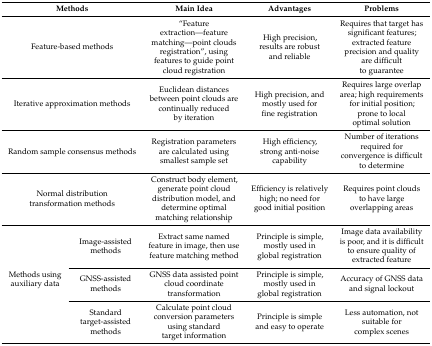
| <COLSPAN=2> Methods | Main Idea | Advantages | Problems |
 | --- | --- | --- | --- | --- |
 | <COLSPAN=2> Feature-based methods | “Feature extraction—feature matching—point clouds registration”, using features to guide point cloud registration | High precision, results are robust and reliable | Requires that target has significant features; extracted feature precision and quality are difficult to guarantee |
 | <COLSPAN=2> Iterative approximation methods | Euclidean distances between point clouds are continually reduced by iteration | High precision, and mostly used for fine registration | Requires large overlap area; high requirements for initial position; prone to local optimal solution |
 | <COLSPAN=2> Random sample consensus methods | Registration parameters are calculated using smallest sample set | High efficiency, strong anti-noise capability | Number of iterations required for convergence is difficult to determine |
 | <COLSPAN=2> Normal distribution transformation methods | Construct body element, generate point cloud distribution model, and determine optimal matching relationship | Efficiency is relatively high; no need for good initial position | Requires point clouds to have large overlapping areas |
 | <ROWSPAN=3> Methods using auxiliary data | Image-assisted methods | Extract same named feature in image, then use feature matching method | Principle is simple, mostly used in global registration | Image data availability is poor, and it is difficult to ensure quality of extracted feature |
 | GNSS-assisted methods | GNSS data assisted point cloud coordinate transformation | Principle is simple, mostly used in global registration | Accuracy of GNSS data and signal lockout |
 | Standard target-assisted methods | Calculate point cloud conversion parameters using standard target information | Principle is simple and easy to operate | Less automation, not suitable for complex scenes |